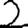
Digit: 2